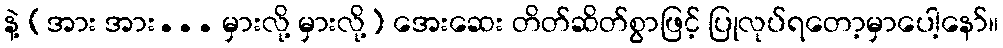
နဲ့ (အား အား... မှားလို့ မှားလို့) အေးဆေး တိတ်ဆိတ်စွာဖြင့် ပြုလုပ်ရတော့မှာပေါ့နော်။